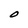
Character: O